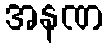
အနဏ